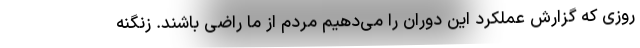
روزی که گزارش عملکرد این دوران را می‌دهیم مردم از ما راضی باشند. زنگنه